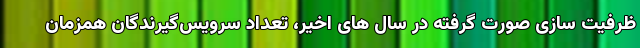
ظرفیت سازی صورت گرفته در سال های اخیر، تعداد سرویس‌گیرندگان همزمان